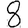
Digit: 8